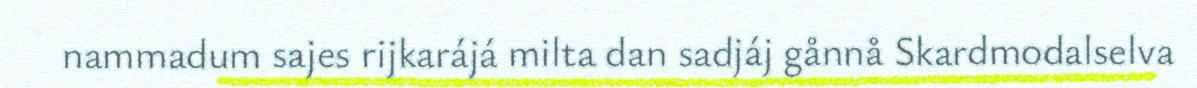
nammadum sajes rijkarájá milta dan sadjáj gånnå Skardmodalselva